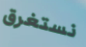
نستغرق